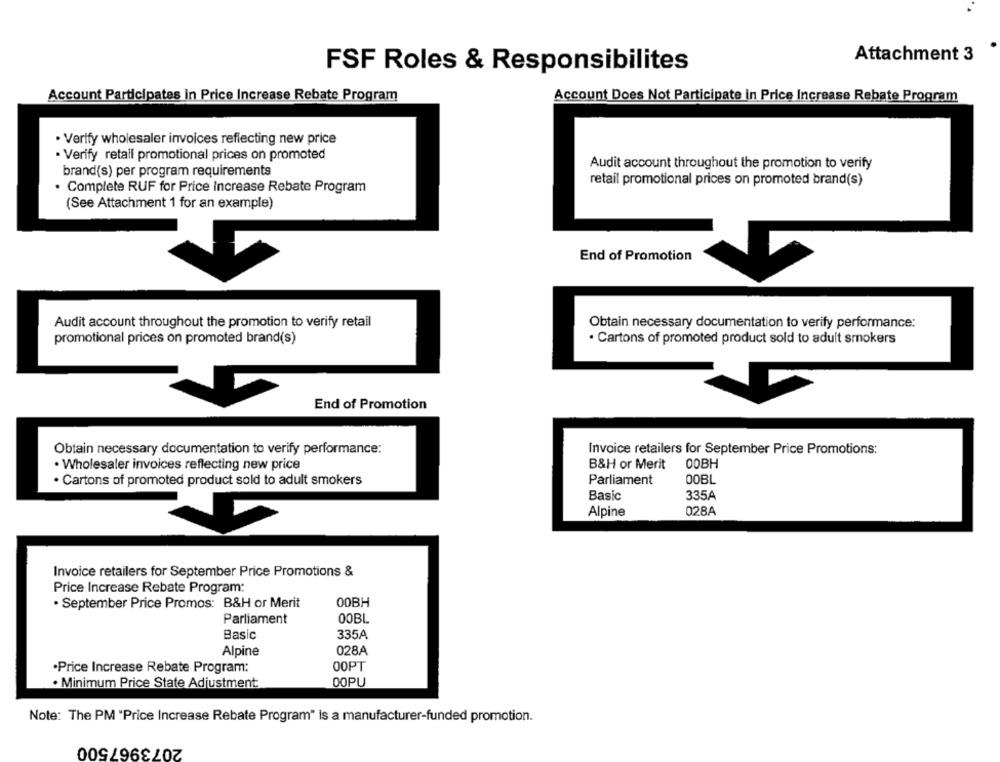
Attachment 3
FSF Roles & Responsibilite
Account Participates in Price Increase Rebate Program
Account Does Not Participate in Price Increase Rebate Program
· Verify wholesaler invoices reflecting new price
· Verify retail promotional prices on promoted
Audit account throughout the promotion to verify
brand(s) per program requirements
retail promotional prices on promoted brand(s)
· Complete RUF for Price Increase Rebate Program
(See Attachment 1 for an example)
End of Promotion
Audit account throughout the promotion to verify retail
Obtain necessary documentation to verify performance:
promotional prices on promoted brand(s)
· Cartons of promoted product sold to adult smokers
End of Promotion
Invoice retailers for September Price Promotions:
Obtain necessary documentation to verify performance:
B&H or Merit
СОВН
· Wholesaler invoices reflecting new price
00BL
· Cartons of promoted product sold to adult smokers
Parliament
335A
Basic
028A
Alpine
Invoice retailers for September Price Promotions &
Price Increase Rebate Program:
00BH
. September Price Promos: B&H or Merit
Parliament
00BL
Basic
335A
Alpine
028A
·Price Increase Rebate Program:
00PT
. Minimum Price State Adjustment
00PU
Note: The PM "Price Increase Rebate Program" is a manufacturer-funded promotion.
2073967500